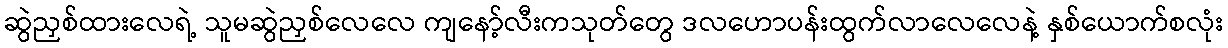
ဆွဲညှစ်ထားလေရဲ့ သူမဆွဲညှစ်လေလေ ကျနော့်လီးကသုတ်တွေ ဒလဟောပန်းထွက်လာလေလေနဲ့ နှစ်ယောက်စလုံး